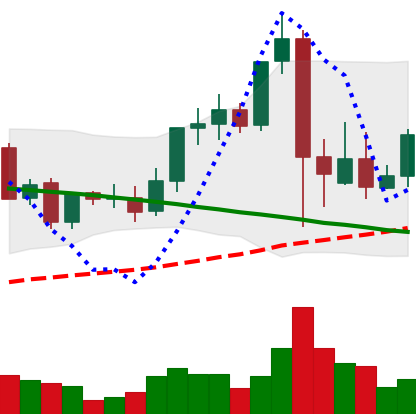
Ticker: LINK-USD
Chart end date: 2021-09-12
Forward return: -5.734%
Label: down_5_7